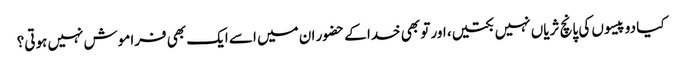
کیا دو پیسوں کی پانچ ثریاں نہیں بکتیں، اور تو بھی خدا کے حضور ان میں اسے ایک بھی فراموش نہیں ہوتی؟